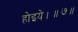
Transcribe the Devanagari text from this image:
होइये।॥७॥